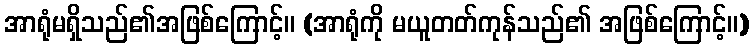
အာရုံမရှိသည်၏အဖြစ်ကြောင့်။ (အာရုံကို မယူတတ်ကုန်သည်၏ အဖြစ်ကြောင့်။)